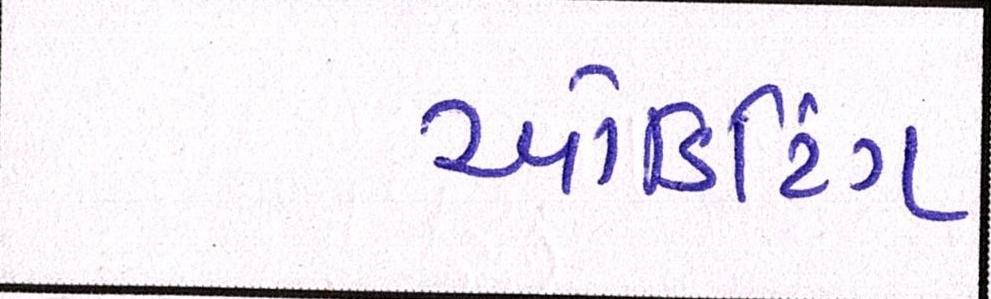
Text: ઓડિટિંગ